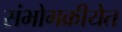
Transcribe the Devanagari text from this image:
संभोगक्रीयेत